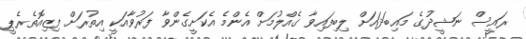
ރައީސް ނަޝީދުގެ މައިބަދައަށް ލިބިފައިވާ ގެއްލުމަށް އެންމެ އެކަށީގެންވާ ފަރުވާއަކީ އިތުރަށް ފިޒިއޮތެރެޕީ